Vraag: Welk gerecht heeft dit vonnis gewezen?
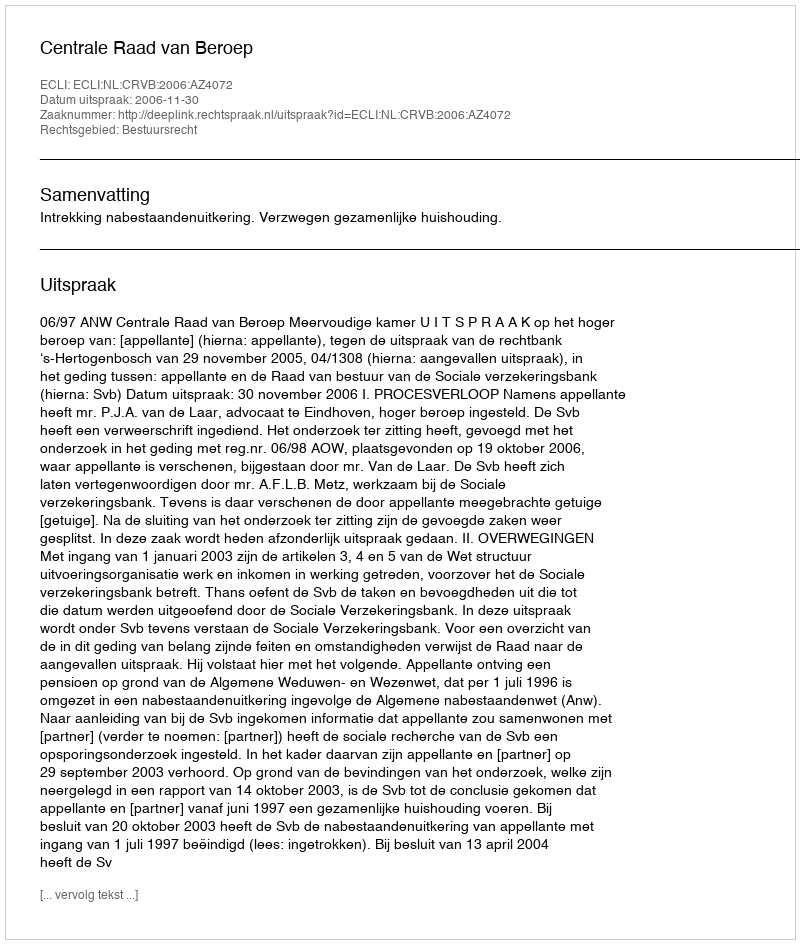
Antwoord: Centrale Raad van Beroep